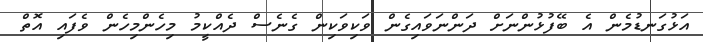
އަޅުގަނޑުމެން އެ ބޭފުޅުންނަށް ދަންނަވައިގެން ވަކިވަކިން ގެނެސް ދެއްކީމު މިހެންމިހެން ވެފައި އޮތް